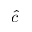
\hat { c }